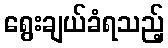
ရွေးချယ်ခံရသည့်